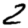
Digit: 2